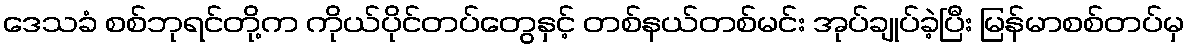
ဒေသခံ စစ်ဘုရင်တို့က ကိုယ်ပိုင်တပ်တွေနှင့် တစ်နယ်တစ်မင်း အုပ်ချုပ်ခဲ့ပြီး မြန်မာစစ်တပ်မှ